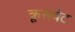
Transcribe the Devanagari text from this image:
क्रूसवेट